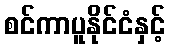
စင်ကာပူနိုင်ငံနှင့်